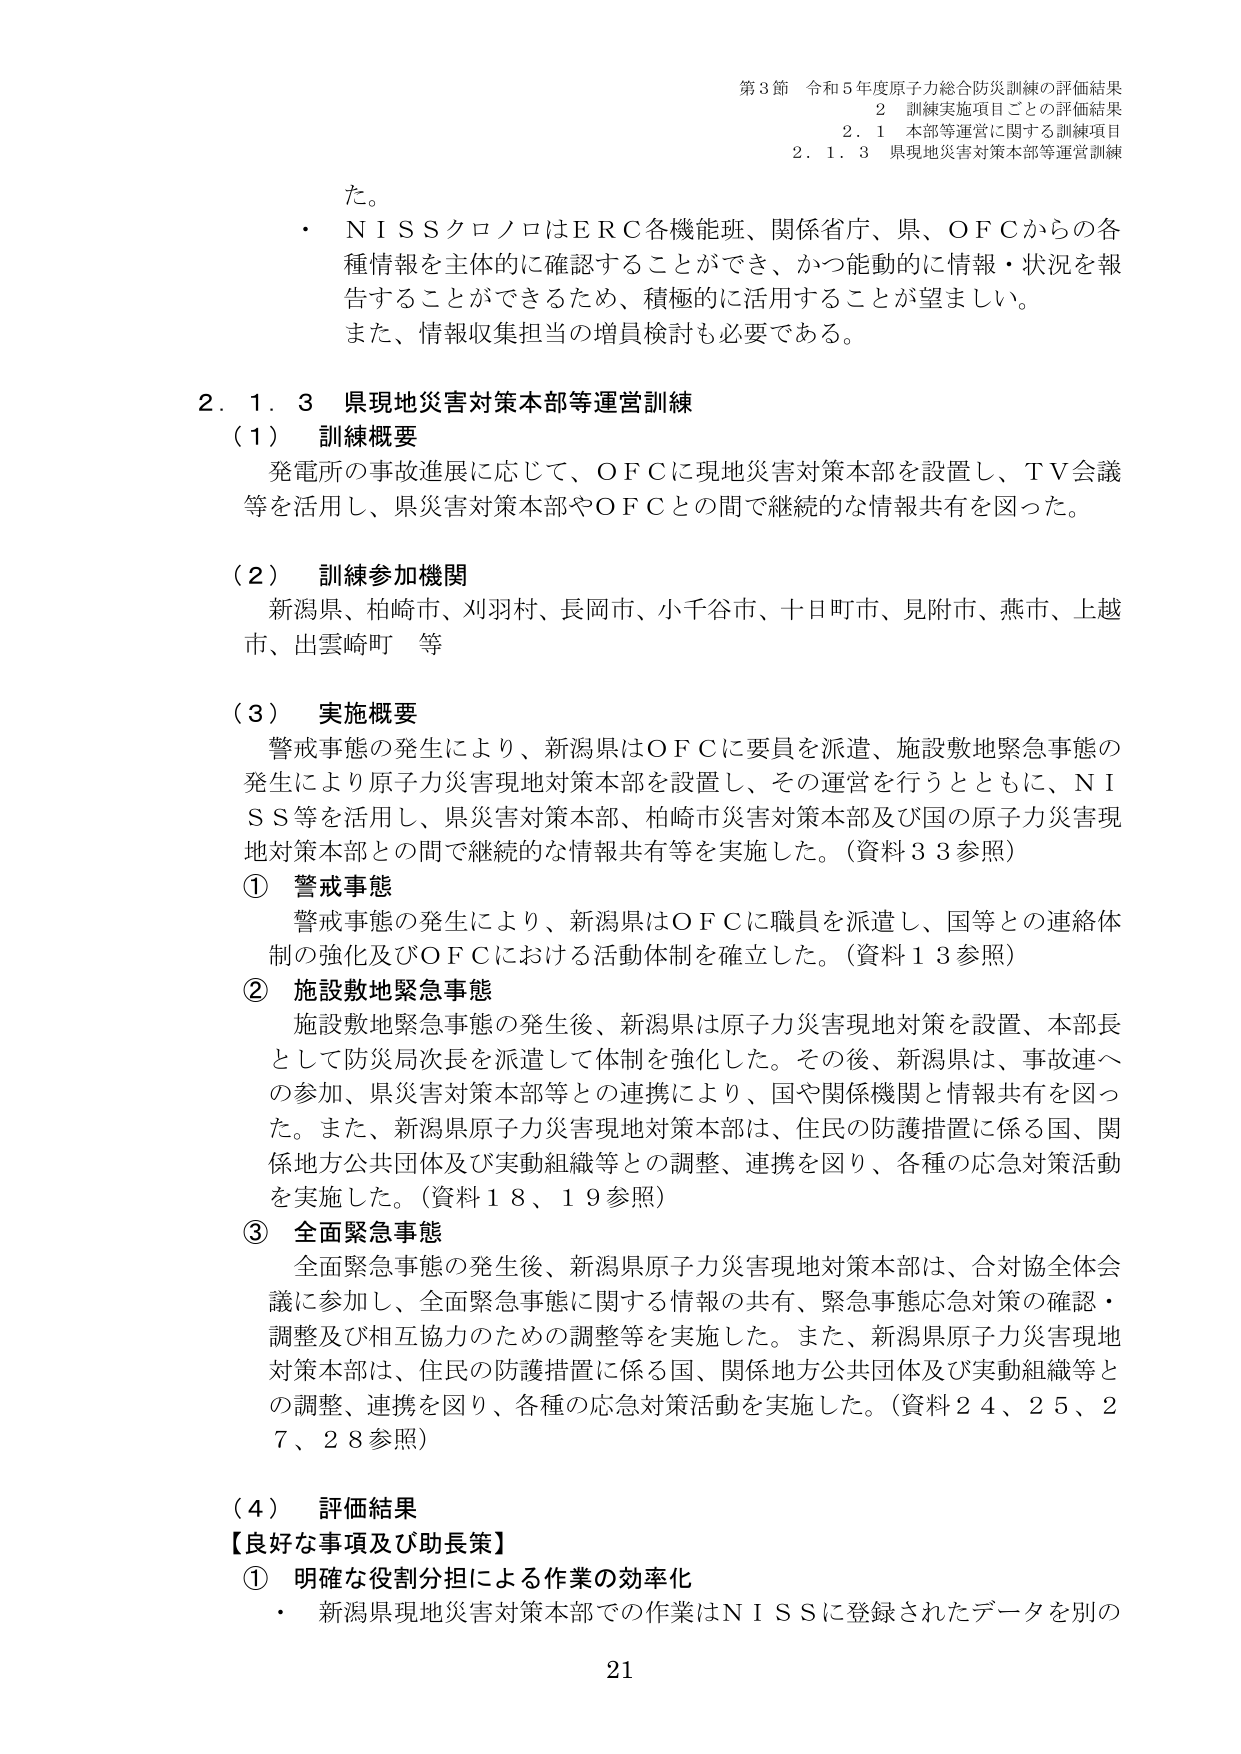
第3節 令和5年度原子力総合防災訓練の評価結果
2 訓練実施項目ごとの評価結果
2.1 本部等運営に関する訓練項目
2.1.3 県現地災害対策本部等運営訓練

た。
・ＮＩＳＳクロノロはＥＲＣ各機能班、関係省庁、県、ＯＦＣからの各種情報を主体的に確認することができ、かつ能動的に情報・状況を報告することができるため、積極的に活用することが望ましい。
また、情報収集担当の増員検討も必要である。

2.1.3 県現地災害対策本部等運営訓練
（1） 訓練概要
発電所の事故進展に応じて、ＯＦＣに現地災害対策本部を設置し、ＴＶ会議等を活用し、県災害対策本部やＯＦＣとの間で継続的な情報共有を図った。

（2） 訓練参加機関
新潟県、柏崎市、刈羽村、長岡市、小千谷市、十日町市、見附市、燕市、上越市、出雲崎町 等

（3） 実施概要
警戒事態の発生により、新潟県はＯＦＣに要員を派遣、施設敷地緊急事態の発生により原子力災害現地対策本部を設置し、その運営を行うとともに、ＮＩＳＳ等を活用し、県災害対策本部、柏崎市災害対策本部及び国の原子力災害現地対策本部との間で継続的な情報共有等を実施した。（資料33参照）
① 警戒事態
警戒事態の発生により、新潟県はＯＦＣに職員を派遣し、国等との連絡体制の強化及びＯＦＣにおける活動体制を確立した。（資料13参照）
② 施設敷地緊急事態
施設敷地緊急事態の発生後、新潟県は原子力災害現地対策を設置、本部長として防災局次長を派遣して体制を強化した。その後、新潟県は、事故連への参加、県災害対策本部等との連携により、国や関係機関と情報共有を図った。また、新潟県原子力災害現地対策本部は、住民の防護措置に係る国、関係地方公共団体及び実動組織等との調整、連携を図り、各種の応急対策活動を実施した。（資料18、19参照）
③ 全面緊急事態
全面緊急事態の発生後、新潟県原子力災害現地対策本部は、合対協全体会議に参加し、全面緊急事態に関する情報の共有、緊急事態応急対策の確認・調整及び相互協力のための調整等を実施した。また、新潟県原子力災害現地対策本部は、住民の防護措置に係る国、関係地方公共団体及び実動組織等との調整、連携を図り、各種の応急対策活動を実施した。（資料24、25、27、28参照）

（4） 評価結果
【良好な事項及び助長策】
① 明確な役割分担による作業の効率化
・ 新潟県現地災害対策本部での作業はＮＩＳＳに登録されたデータを別の

21